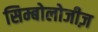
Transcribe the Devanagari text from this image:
सिम्बोलोजीज़